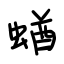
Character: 蝤